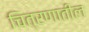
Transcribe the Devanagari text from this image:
चित्रणातील